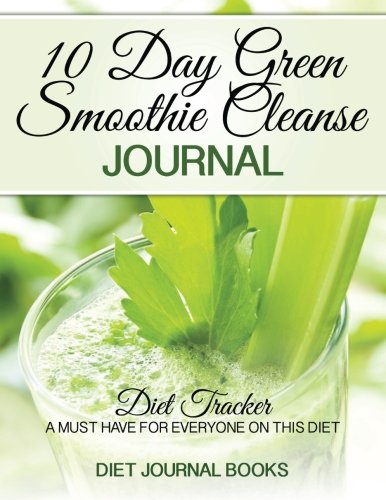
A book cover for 10 Day Green Smoothie Cleanse Journal: Diet Tracker- A Must Have For Everyone On the 10-day green Smoothie cleanse by JJ Smith; Diet Journal Books; Cookbooks, Food & Wine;